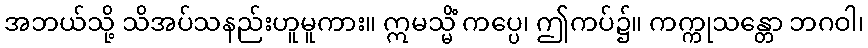
အဘယ်သို့ သိအပ်သနည်းဟူမူကား။ ဣမသ္မိံ ကပ္ပေ၊ ဤကပ်၌။ ကက္ကုသန္တော ဘဂဝါ၊